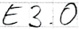
Text: E3.0